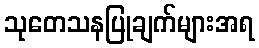
သုတေသနပြုချက်များအရ